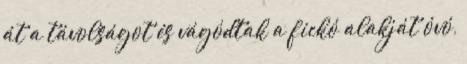
át a távolságot és vágódtak a fickó alakját óvó,